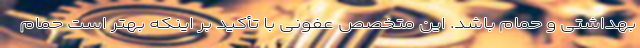
بهداشتی و حمام باشد. این متخصص عفونی با تأکید بر اینکه بهتر است حمام